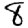
Digit: 8